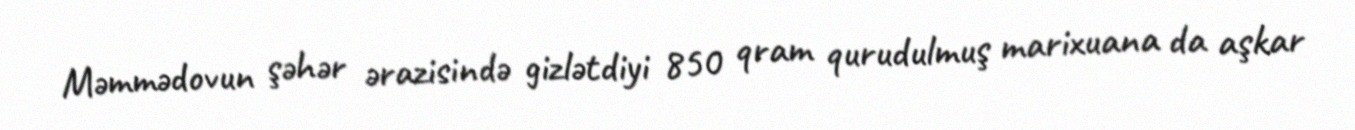
Məmmədovun şəhər ərazisində gizlətdiyi 850 qram qurudulmuş marixuana da aşkar